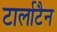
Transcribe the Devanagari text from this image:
टार्लाटैन